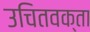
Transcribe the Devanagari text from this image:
उचितवक्ता